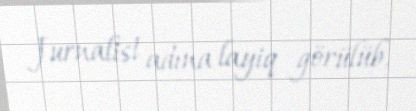
Jurnalist adına layiq görülüb.